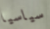
سياسيا